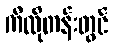
ကီလိုတန်းတွင်